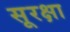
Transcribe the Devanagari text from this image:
सूरक्षा